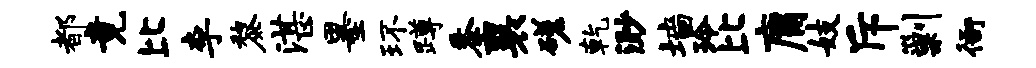
都竟比李黎湛墨环蹲黍襄磋乾渺墙玲比庸妓斥剿衙